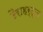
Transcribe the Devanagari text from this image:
टैराहर्ट्ज़